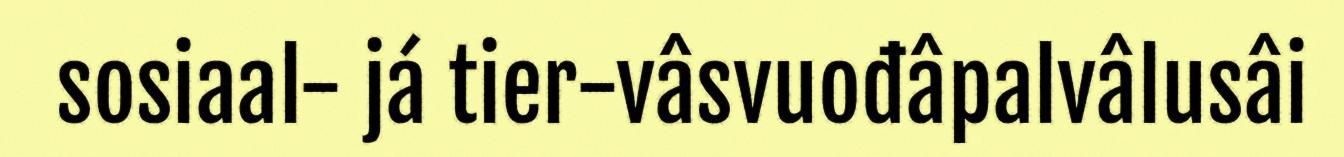
sosiaal- já tier-vâsvuođâpalvâlusâi